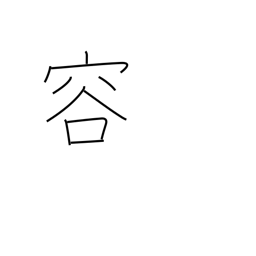
Meaning: looks